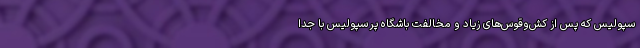
سپولیس که پس از کش‌و‌قوس‌های زیاد و مخالفت باشگاه پرسپولیس با جدا